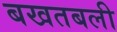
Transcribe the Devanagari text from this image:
बखतबली